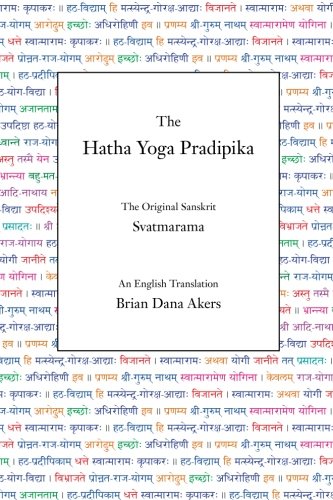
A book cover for The Hatha Yoga Pradipika; Svatmarama; Christian Books & Bibles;